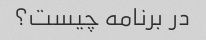
در برنامه چیست؟